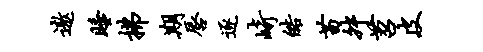
遨睡拂期唇逐崎皓苗舛苕皮